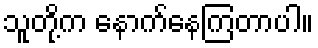
သူတို့က နောက်နေကြတာပါ။